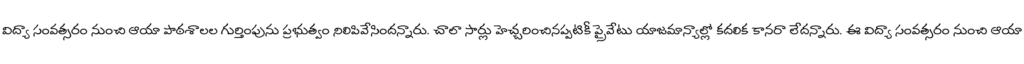
విద్యా సంవత్సరం నుంచి ఆయా పాఠశాలల గుర్తింపును ప్రభుత్వం నిలిపివేసిందన్నారు. చాలా సార్లు హెచ్చరించినప్పటికీ ప్రైవేటు యాజమాన్యాల్లో కదలిక కానరా లేదన్నారు. ఈ విద్యా సంవత్సరం నుంచి ఆయా